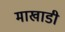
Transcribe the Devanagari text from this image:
माखाडी